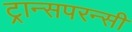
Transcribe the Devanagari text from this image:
ट्रान्सपरन्सी